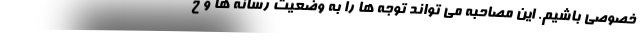
خصوصی باشیم. این مصاحبه می تواند توجه ها را به وضعیت رسانه ها و خ